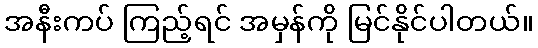
အနီးကပ် ကြည့်ရင် အမှန်ကို မြင်နိုင်ပါတယ်။